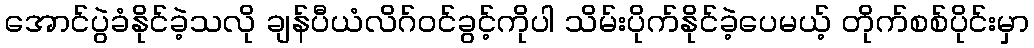
အောင်ပွဲခံနိုင်ခဲ့သလို ချန်ပီယံလိဂ်ဝင်ခွင့်ကိုပါ သိမ်းပိုက်နိုင်ခဲ့ပေမယ့် တိုက်စစ်ပိုင်းမှာ